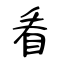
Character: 看